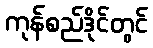
ကုန်စည်ဒိုင်တွင်